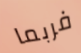
فربما